Annual report on the lock hospitals of the Madras Presidency
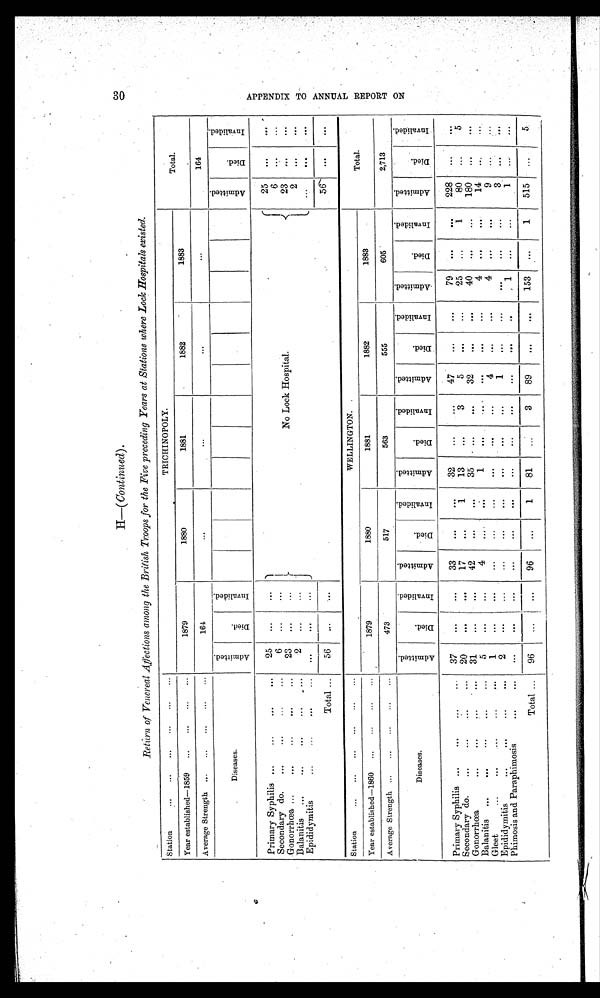
Return of Venereal Affections among the British Troops for the Five preceding Years at Stations where Lock Hospitals existed.
Station
... ... ...
... ... ...
TRICHINOPOLY.
Total.
Year established—1859 ...
... ... ...
1879
1880
1881
1882
1883
Average Strength ... ... ... ... ...
16
. . .
. . .
. . .
...
164
Diseases.
A d m i t t e d .
D i e d .
I n v a l i d e d .
A d m i t t e d .
D i e d .
I n v a l i d e d .
Primary Syphilis ...
...
25 ...
...
No Lock Hospital.
25
. . .
. . .
Secondary do.
...
...
6 ...
...
6
. . .
. . .
Gonorrhœa ...
...
...
23 ...
. . .
23
. . .
. . .
Balanitis...
... ...
2
. . . ...
2
. . .
...
Epididymitis
. . . . . .
. . .
. . . ...
. . .
. . .
. . .
Total...
56 ...
...
5 6 . . .
...
Station
... ... ... ... ... ...
WELLINGTON.
Total.
Year established—1860 ... ...
... ...
1879
1880
1881
1882
1883
Average Strength ... ...
...
473
517
563
555
605
2,713
Diseases.
A d m i t t e d .
D i e d .
I n v a l i d e d .
A d m i t t e d .
D i e d .
I n v a l i d e d .
A d m i t t e d .
D i e d .
I n v a l i d e d .
A d m i t t e d .
D i e d .
I n v a l i d e d
A d m i t t e d .
Di e d .
I n v a l i d e d .
A d m i t t e d .
D i e d .
I n v a l i d e d
Primary Syphilis ...
...
37
. . . ...
33
. . .
. . .
32
. . .
. . .
47
. . .
. . .
79
. . .
. . .
228 ...
. . .
Secondary do.
...
...
...
20
. . .
. . . 17
. . .
1
13
. . .
3
5
. . .
. . .
25
. . .
1
80
. . .
5
Gonorrhœa
...
...
...
... 31
...
...
42
...
. . .
35
. . .
. . .
32
. . .
. . .
40
. . .
. . .
180 ...
. . .
Balanitis ...
...
...
...
5
...
...
4
. . .
. . .
1
. . .
. . .
. . .
. . .
...
4
. . .
. . .
14
. . .
. . .
Gleet
...
...
1
. . . ...
. . . ...
. . .
. . .
. . .
. . .
4
. . .
. . .
4
. . . . . .
9
. . .
...
Epididymitis...
...
2
. . . ...
...
...
. . .
. . .
. . .
. . .
1
...
. . .
1
...
. . .
3 ...
. . .
Phimosis and Paraphimosis
... ...
...
. . . ...
...
...
. . .
...
. . .
. . .
. . .
. . .
. . .
. . . ...
...
. . .
. . . ...
Total ... 96
...
...
96
...
1
81
...
3
89
. . .
. . .
153
. . .
1
515
. . .
5
A P P E N D I X T O A N N U A L R E P O R T O N .
3 0